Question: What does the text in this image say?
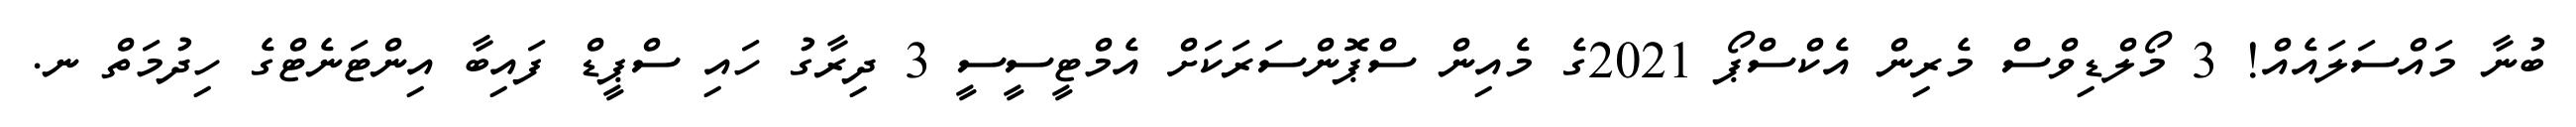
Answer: ބުނާ މައްސަލައެއް! 3 މޯލްޑިވްސް މެރިން އެކްސްޕޯ 2021ގެ މެއިން ސްޕޮންސަރަކަށް އެމްޓީސީސީ 3 ދިރާގު ހައި ސްޕީޑް ފައިބާ އިންޓަނެޓްގެ ހިދުމަތް ނ.